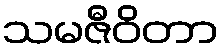
သမဇီဝိတာ